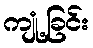
ကျုံ့ခြင်း